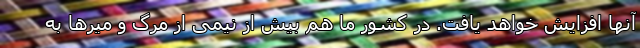
آنها افزایش خواهد یافت. در کشور ما هم بیش از نیمی از مرگ و میرها به